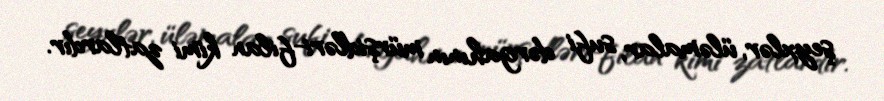
şeyxlər, üləmalar, sufi dərgahının mürşidləri-filan kimi zatlardır.